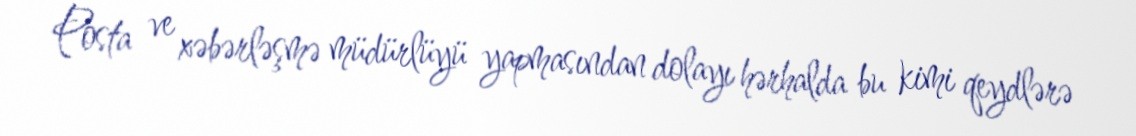
Posta ve xəbərləşmə müdürlüyü yapmasından dolayı hərhalda bu kimi qeydlərə